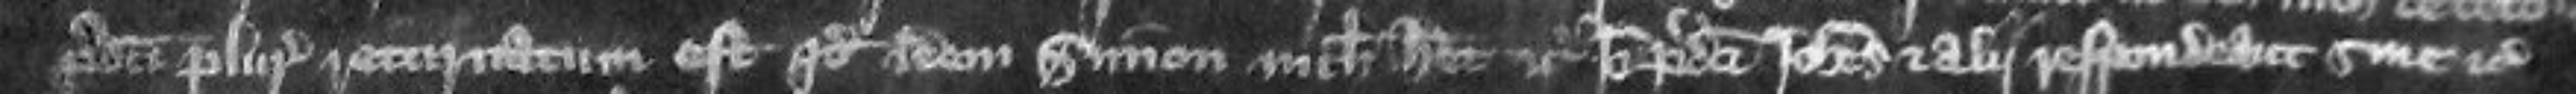
predicti pluries returnatum est quod idem Simon nichil habet etc Ideo predicti Johannes et alii respondeant sine etc